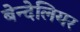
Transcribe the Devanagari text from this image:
बेन्देलियर